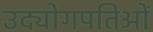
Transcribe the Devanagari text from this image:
उद्योगपतिओं